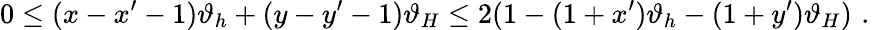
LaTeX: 0\leq(x-x^{\prime}-1)\vartheta_{h}+(y-y^{\prime}-1)\vartheta_{H}\leq 2(1-(1+x^{\prime})\vartheta_{h}-(1+y^{\prime})\vartheta_{H})\, \, .\,